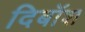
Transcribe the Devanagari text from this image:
दिबॉश